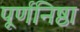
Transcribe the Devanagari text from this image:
पूर्णनिष्ठा